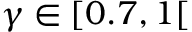
\gamma \in [ 0 . 7 , 1 [